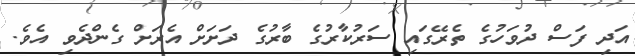
އަދި ފަސް ދުވަހުގެ ތެރޭގައި ސަރުކާރުގެ ބާރުގެ ދަށަށް އެރަށް ގެންދެވި އެވެ.